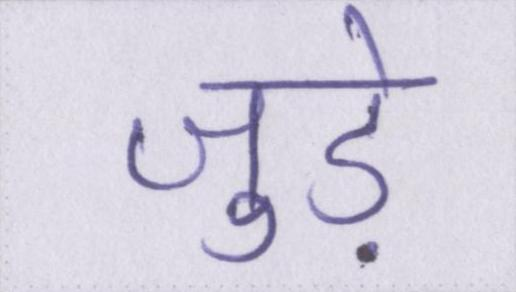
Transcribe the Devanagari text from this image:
जुडे़